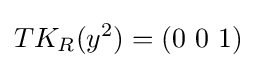
TK_{R}(y^{2})=(0\ 0\ 1)